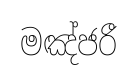
මඤ්ජරී